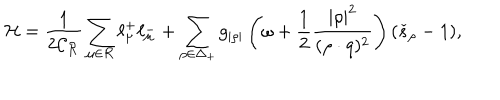
LaTeX: { \cal H } = \frac { 1 } { 2 \mathcal { C _ { R } } } \sum _ { \mu \in \mathcal { R } } \ell _ { \mu } ^ { + } \ell _ { \mu } ^ { - } + \sum _ { \rho \in \Delta _ { + } } g _ { | \rho | } \left( \omega + \frac { 1 } { 2 } { \frac { | \rho | ^ { 2 } } { ( \rho \cdot q ) ^ { 2 } } } \right) ( \check { s } _ { \rho } - 1 ) ,